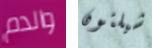
والدم شيلتون